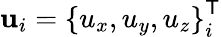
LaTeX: \textbf{u}_{i}=\left\{ u_{x},u_{y},u_{z}\right\} _{i}^{\mathsf{T}}